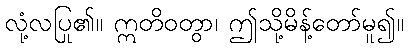
လုံ့လပြု၏။ ဣတိဝတွာ၊ ဤသို့မိန့်တော်မူ၍။